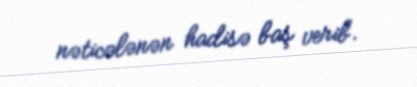
nəticələnən hadisə baş verib.